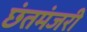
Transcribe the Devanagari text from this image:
छंतमंजरी